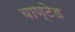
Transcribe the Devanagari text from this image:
वाण्टेड